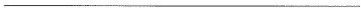
___